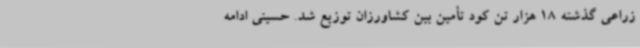
زراعی گذشته 18 هزار تن کود تأمین بین کشاورزان توزیع شد. حسینی ادامه